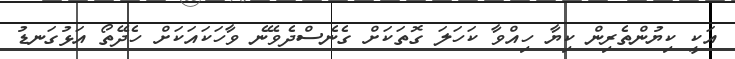
އަކީ ކިޔުންތެރިން ކިޔާ ހިއްވާ ކަހަލަ ގޮތަކަށް ގެނެސްދެވޭނެ ވާހަކައަކަށް ހެދޭތޯ އަޅުގަނޑު